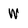
Character: W